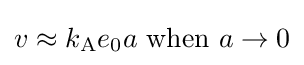
v\approx k_{\mathrm {A} }e_{0}a{\text{ when }}a\rightarrow 0